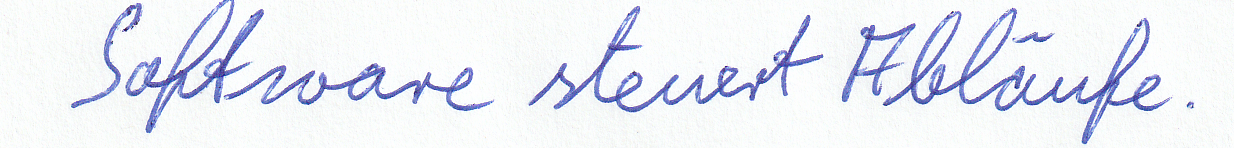
Software steuert Abläufe.